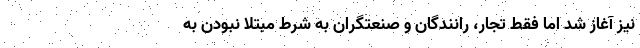
نیز آغاز شد اما فقط تجار، رانندگان و صنعتگران به شرط مبتلا نبودن به